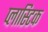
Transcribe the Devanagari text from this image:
प्‍लास्‍टिक